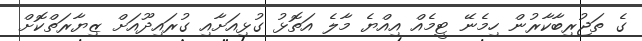
ގެ ތަޖުރިބާކާރުން ހިމެނޭ ޓީމެއް އިއްޔެ މާލެ އަތޮޅު ގުޅިއަށާއި ގުރައިދޫއަށް ޒިޔާރަތްކޮށް